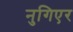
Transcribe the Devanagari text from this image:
नुगिएर